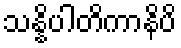
သန္နိပါတိကာနိပိ